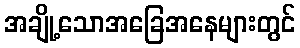
အချို့သောအခြေအနေများတွင်